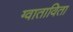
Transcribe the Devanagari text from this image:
ग्वाताविता